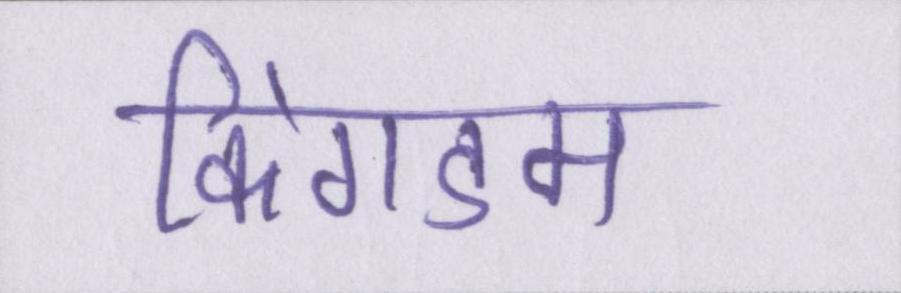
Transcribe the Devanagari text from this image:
किंगडम